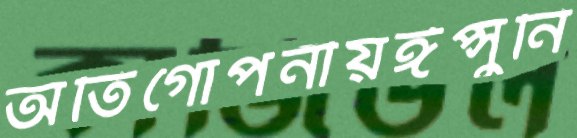
অতিগোপনীয়ঈপ্সুনি